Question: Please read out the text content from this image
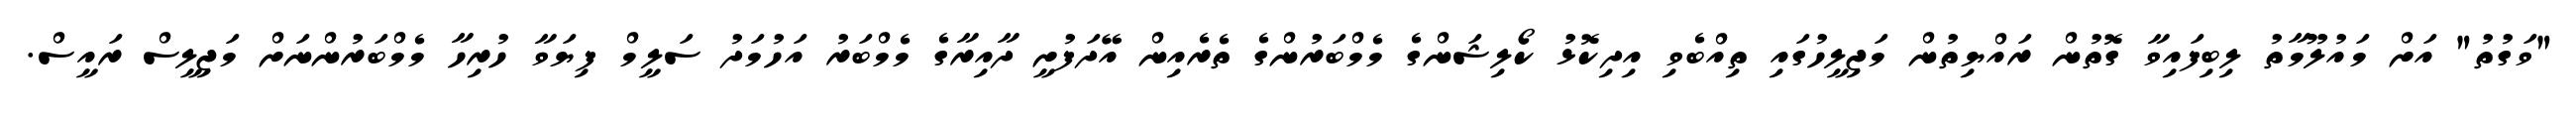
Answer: "ވަގުތު" އަށް މައުލޫމާތު ލިބިފައިވާ ގޮތުން ރައްޔިތުން މަޖިލީހުގައި ތިއްބެވި އިދިކޮޅު ކޯލިޝަންގެ މެމްބަރުންގެ ތެރެއިން އޭދަފުށީ ދާއިރާގެ މެމްބަރު އަހުމަދު ސަލީމް ފިޔަވާ ހުރިހާ މެމްބަރުންނަށް މަޖިލީސް ރައީސް.